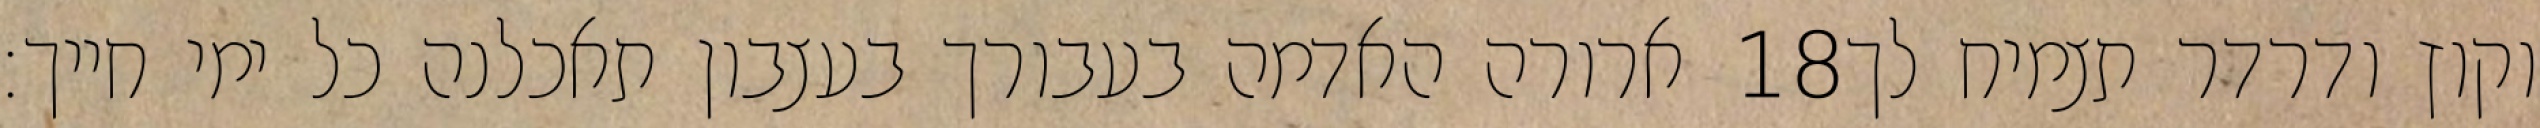
ארורה האדמה בעבורך בעצבון תאכלנה כל ימי חייך׃ ‎18‏ וקוץ ודרדר תצמיח לך